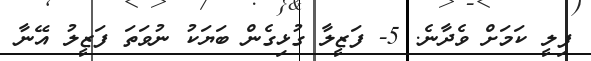
ފިލީ ކަމަށް ވެދާނެ. 5- ފަޒީލާ ގުޅިގެން ބަޔަކު ނުވަތަ ފަޒީލު އޭނާ